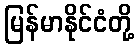
မြန်မာနိုင်ငံတို့